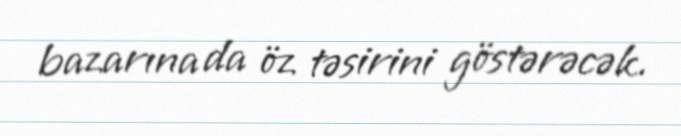
bazarına da öz təsirini göstərəcək.